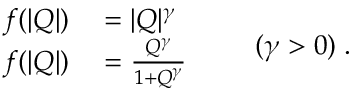
\begin{array} { r l } { f ( | Q | ) } & { { } = | Q | ^ { \gamma } } \\ { f ( | Q | ) } & { { } = \frac { Q ^ { \gamma } } { 1 + Q ^ { \gamma } } } \end{array} \qquad ( \gamma > 0 ) \; .